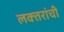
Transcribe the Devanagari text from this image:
लक्‍तरांची